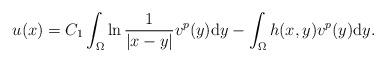
LaTeX: \begin{align*}u(x)=C_1 \int_\Omega \ln\frac{1}{|x-y|} v^p(y)\mathrm{d}y -\int_\Omega h(x, y) v^p(y)\mathrm{d}y.\end{align*}